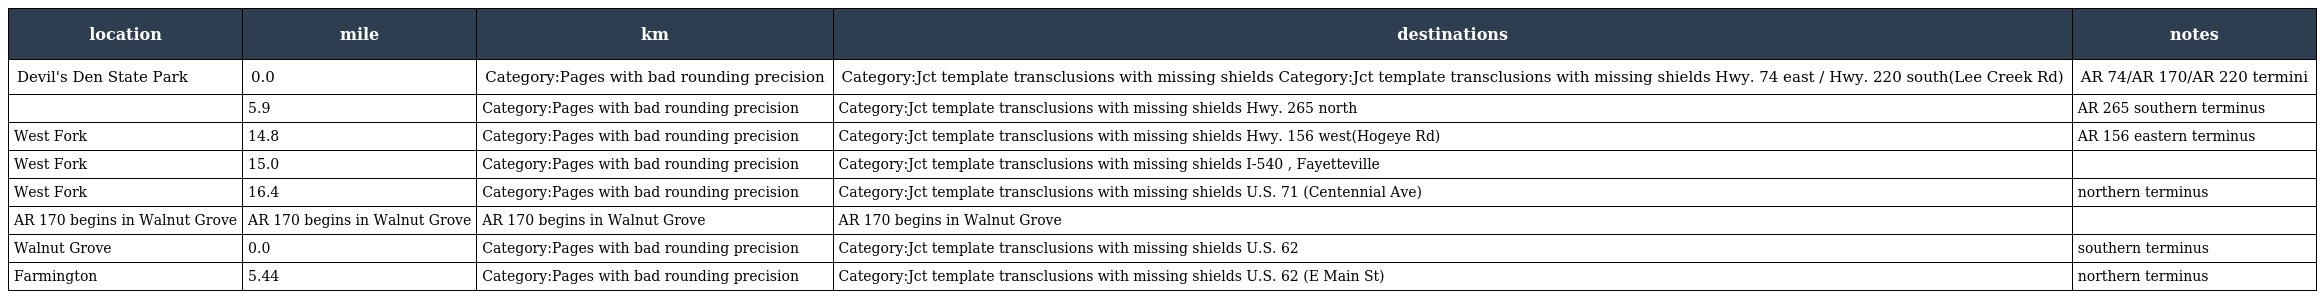
| location | mile | km | destinations | notes |
 | --- | --- | --- | --- | --- |
 | Devil's Den State Park | 0.0 | Category:Pages with bad rounding precision | Category:Jct template transclusions with missing shields Category:Jct template transclusions with missing shields Hwy. 74 east / Hwy. 220 south(Lee Creek Rd) | AR 74/AR 170/AR 220 termini |
 |  | 5.9 | Category:Pages with bad rounding precision | Category:Jct template transclusions with missing shields Hwy. 265 north | AR 265 southern terminus |
 | West Fork | 14.8 | Category:Pages with bad rounding precision | Category:Jct template transclusions with missing shields Hwy. 156 west(Hogeye Rd) | AR 156 eastern terminus |
 | West Fork | 15.0 | Category:Pages with bad rounding precision | Category:Jct template transclusions with missing shields I-540 , Fayetteville |  |
 | West Fork | 16.4 | Category:Pages with bad rounding precision | Category:Jct template transclusions with missing shields U.S. 71 (Centennial Ave) | northern terminus |
 | AR 170 begins in Walnut Grove | AR 170 begins in Walnut Grove | AR 170 begins in Walnut Grove | AR 170 begins in Walnut Grove |  |
 | Walnut Grove | 0.0 | Category:Pages with bad rounding precision | Category:Jct template transclusions with missing shields U.S. 62 | southern terminus |
 | Farmington | 5.44 | Category:Pages with bad rounding precision | Category:Jct template transclusions with missing shields U.S. 62 (E Main St) | northern terminus |